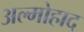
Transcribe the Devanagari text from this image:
अल्मोहाद